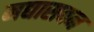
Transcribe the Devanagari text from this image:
मद्यासवन